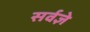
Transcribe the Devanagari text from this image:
सर्वज्ञे